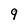
Character: 9